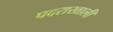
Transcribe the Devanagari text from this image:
पदराखाली